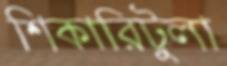
শিকারিটুলা